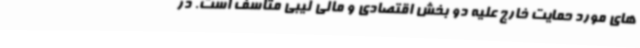
های مورد حمایت خارج علیه دو بخش اقتصادی و مالی لیبی متاسف است. در